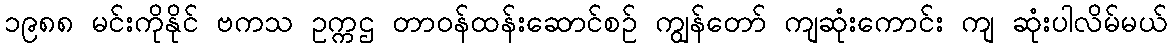
၁၉၈၈ မင်းကိုနိုင် ဗကသ ဥက္ကဌ တာဝန်ထန်းဆောင်စဉ် ကျွန်တော် ကျဆုံးကောင်း ကျ ဆုံးပါလိမ်မယ်